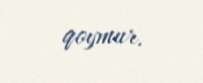
qoymur.